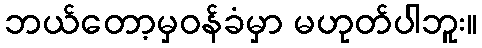
ဘယ်တော့မှဝန်ခံမှာ မဟုတ်ပါဘူး။